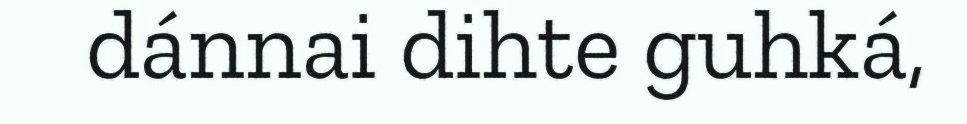
dánnai dihte guhká,